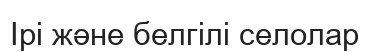
Ірі және белгілі селолар